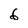
Character: 6